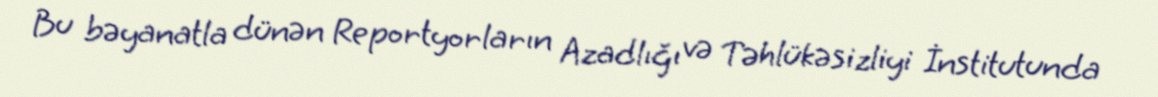
Bu bəyanatla dünən Reportyorların Azadlığı və Təhlükəsizliyi İnstitutunda